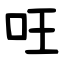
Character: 㕵